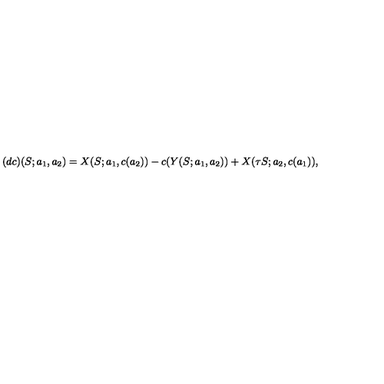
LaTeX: ( d c ) ( S ; a _ { 1 } , a _ { 2 } ) = X ( S ; a _ { 1 } , c ( a _ { 2 } ) ) - c ( Y ( S ; a _ { 1 } , a _ { 2 } ) ) + X ( \tau S ; a _ { 2 } , c ( a _ { 1 } ) ) ,